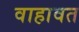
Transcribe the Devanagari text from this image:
वाहावत